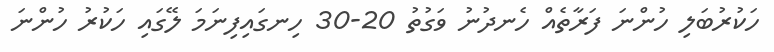
ހަކުރުބަލި ހުންނަ ފަރާތެއް ހެނދުނު ވަގުތު 20-30 ހިނގައިފިނަމަ ލޭގައި ހަކުރު ހުންނަ